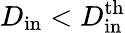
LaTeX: D_{\mathrm{in}}<D_{\mathrm{in}}^{\mathrm{th}}